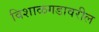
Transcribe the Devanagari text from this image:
विशाळगडावरील